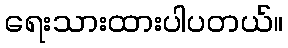
ရေးသားထားပါပတယ်။